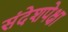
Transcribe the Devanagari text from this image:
संदेशपेक्षा